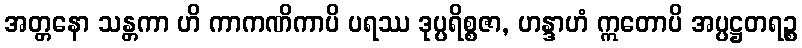
အတ္တနော သန္တကာ ဟိ ကာကဏိကာပိ ပရဿ ဒုပ္ပရိစ္စဇာ, ဟန္ဒာဟံ ဣတောပိ အပ္ပဋ္ဌတရဉ္စ